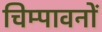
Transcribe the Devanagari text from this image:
चिम्पावनों